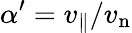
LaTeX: \alpha^{\prime}=v_{\parallel}/v_{\mathrm{n}}